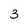
Character: 3